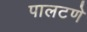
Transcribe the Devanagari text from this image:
पालटणे